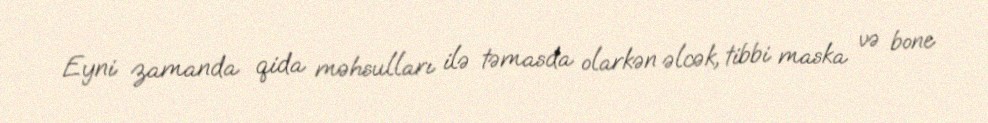
Eyni zamanda qida məhsulları ilə təmasda olarkən əlcək, tibbi maska və bone